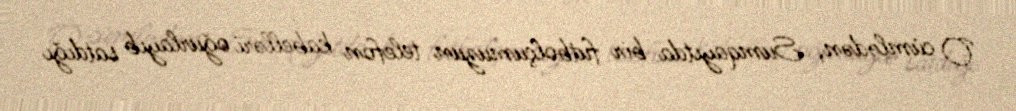
O cümlədən, Sumqayıtda bir futbolçumuzun telefon kabelləri oğurlayıb satdığı